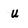
Character: u